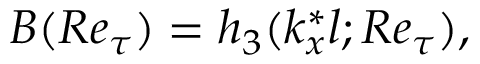
B ( R e _ { \tau } ) = h _ { 3 } ( k _ { x } ^ { * } l ; R e _ { \tau } ) ,